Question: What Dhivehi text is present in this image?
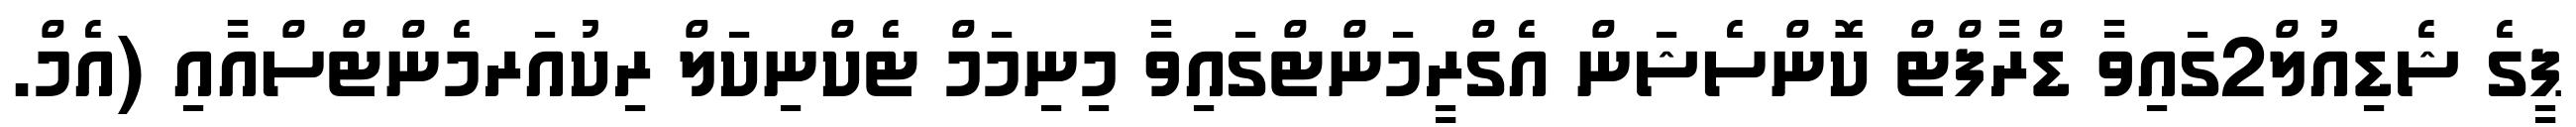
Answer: ޕީގެ ޝެޑިއުލް2ގައިވާ ޑްރާފްޓް ކޮންސެޝަން އެގްރީމަންޓްގައިވާ މިނިމަމް ޓެކްނިކަލް ރިކުއަރމެންޓްސްއާއި (އެމް.